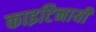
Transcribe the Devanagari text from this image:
काइटिनायी